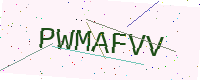
Text: PWMAFVV